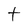
Character: t